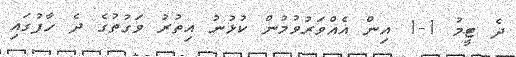
ދެ ޓީމު 1-1 އިން އެއްވަރުވުމުން ކުޅުނު އިތުރު ވަގުތުގެ ދެ ހާފުގައި